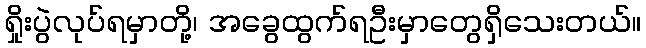
ရှိုးပွဲလုပ်ရမှာတို့၊ အခွေထွက်ရဦးမှာတွေရှိသေးတယ်။